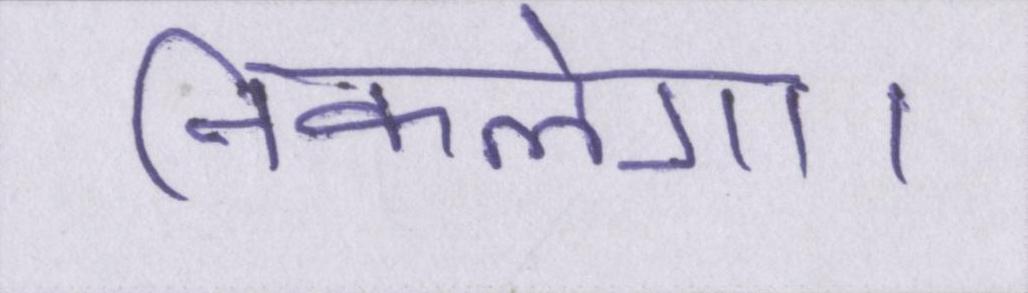
निकलेगा।